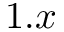
1 . x